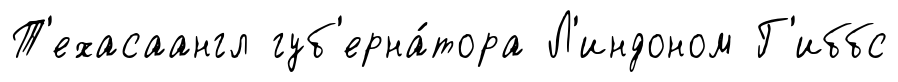
Т'ехасаангл губ'ерна́тора Л'индоном Г'иббс